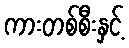
ကားတစ်စီးနှင့်